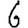
Digit: 6